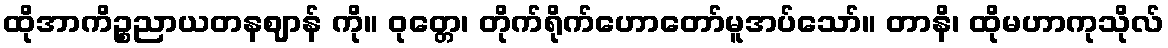
ထိုအာကိဉ္စညာယတနဈာန် ကို။ ဝုတ္တေ၊ တိုက်ရိုက်ဟောတော်မူအပ်သော်။ တာနိ၊ ထိုမဟာကုသိုလ်